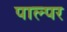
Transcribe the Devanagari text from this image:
पाल्पर